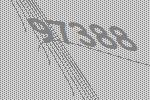
97388